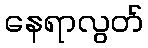
နေရာလွတ်